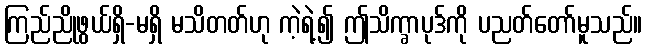
ကြည်ညိုဖွယ်ရှိ-မရှိ မသိတတ်ဟု ကဲ့ရဲ့၍ ဤသိက္ခာပုဒ်ကို ပညတ်တော်မူသည်။